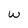
Character: w